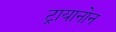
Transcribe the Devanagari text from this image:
ट्रायानोन